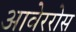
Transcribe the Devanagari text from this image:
आवेररोस